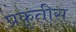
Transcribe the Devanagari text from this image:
प्रकृतीस